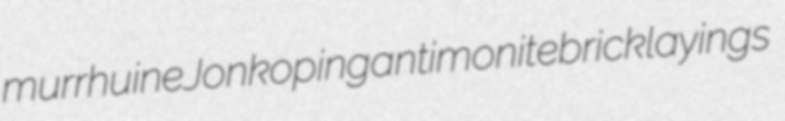
murrhuine Jonkoping antimonite bricklayings